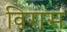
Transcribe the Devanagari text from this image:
विरास